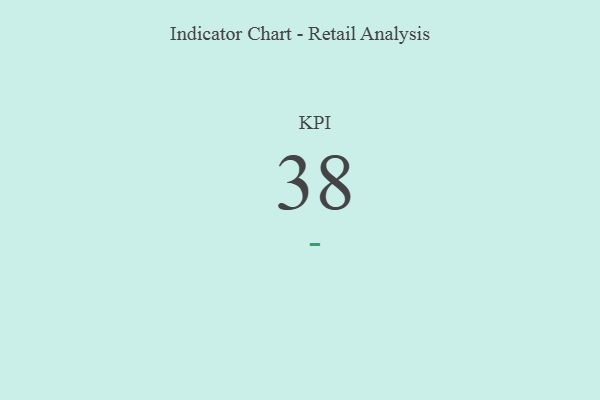
{"axis": {"x": "KPI", "y": "Value"}, "legend": [""], "data": [{"x": "KPI", "y": 38, "type": ""}]}